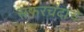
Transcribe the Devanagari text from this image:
सफरचंदांचे